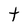
Character: t